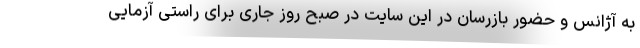
به آژانس و حضور بازرسان در این سایت در صبح روز جاری برای راستی آزمایی